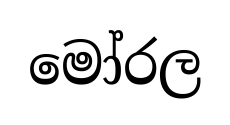
මෝරල